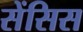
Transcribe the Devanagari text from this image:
सेंसिस